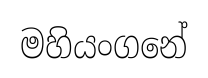
මහියංගනේ